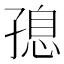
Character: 𮱝